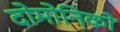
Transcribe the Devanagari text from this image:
दोमोनिको